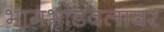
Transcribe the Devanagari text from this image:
भागभांडवलावर